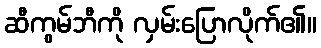
ဆီကွမ်ဘီကို လှမ်းပြောလိုက်၏။